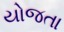
યોજતા